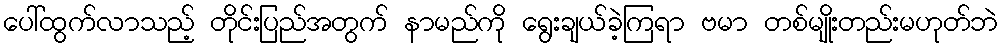
ပေါ်ထွက်လာသည့် တိုင်းပြည်အတွက် နာမည်ကို ရွေးချယ်ခဲ့ကြရာ ဗမာ တစ်မျိုးတည်းမဟုတ်ဘဲ